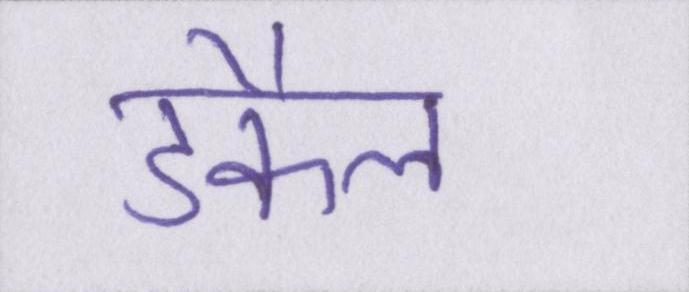
डकैत